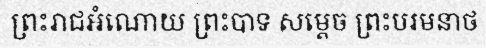
ព្រះរាជអំណោយ ព្រះបាទ សម្តេច ព្រះបរមនាថ